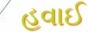
હવાઈ